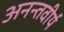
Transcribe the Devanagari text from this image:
अनन्तवीर्य